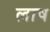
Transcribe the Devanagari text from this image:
लाष